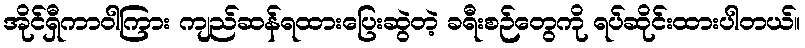
အိုင်ရှီကာဝါကြား ကျည်ဆန်ရထားပြေးဆွဲတဲ့ ခရီးစဉ်တွေကို ရပ်ဆိုင်းထားပါတယ်။